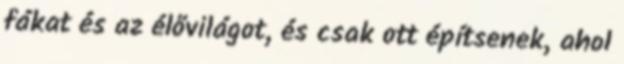
fákat és az élővilágot, és csak ott építsenek, ahol